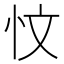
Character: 忟